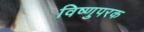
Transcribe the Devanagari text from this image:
विष्णुपरक